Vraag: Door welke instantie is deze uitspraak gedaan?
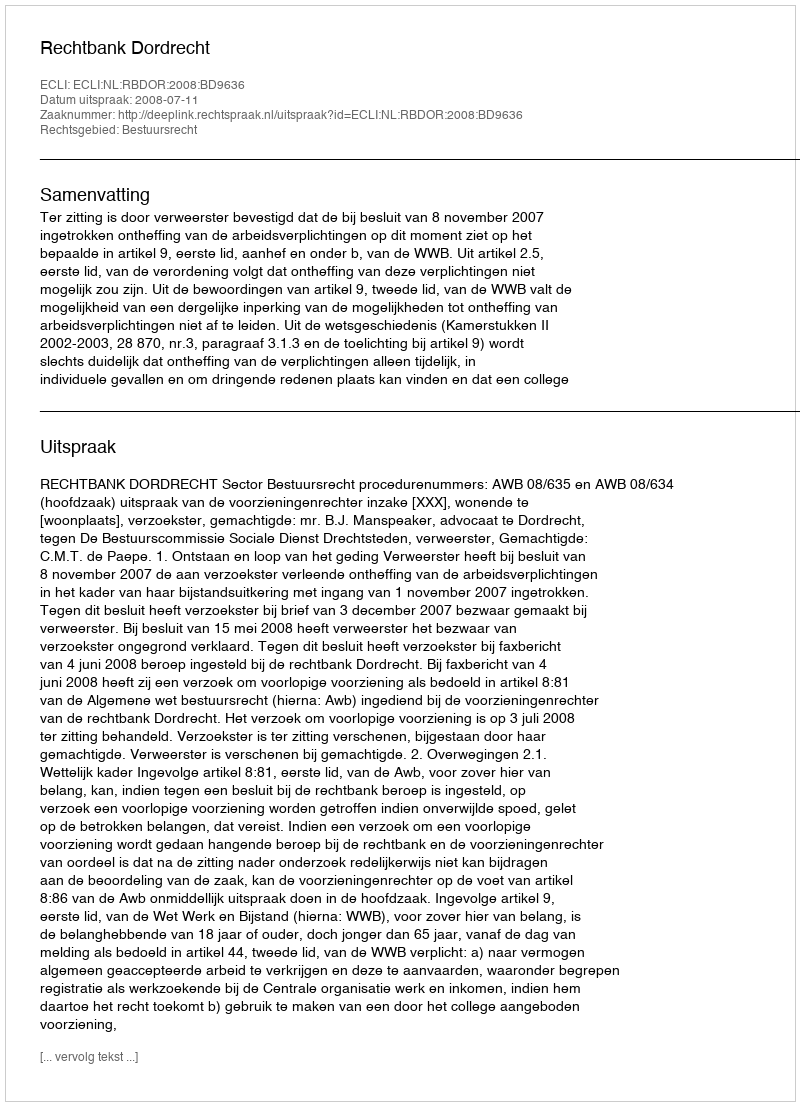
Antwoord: Rechtbank Dordrecht